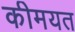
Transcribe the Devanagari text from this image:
कीमयत